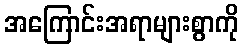
အကြောင်းအရာများစွာကို